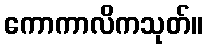
ကောကာလိကသုတ်။